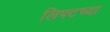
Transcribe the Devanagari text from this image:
लिफ्टच्या